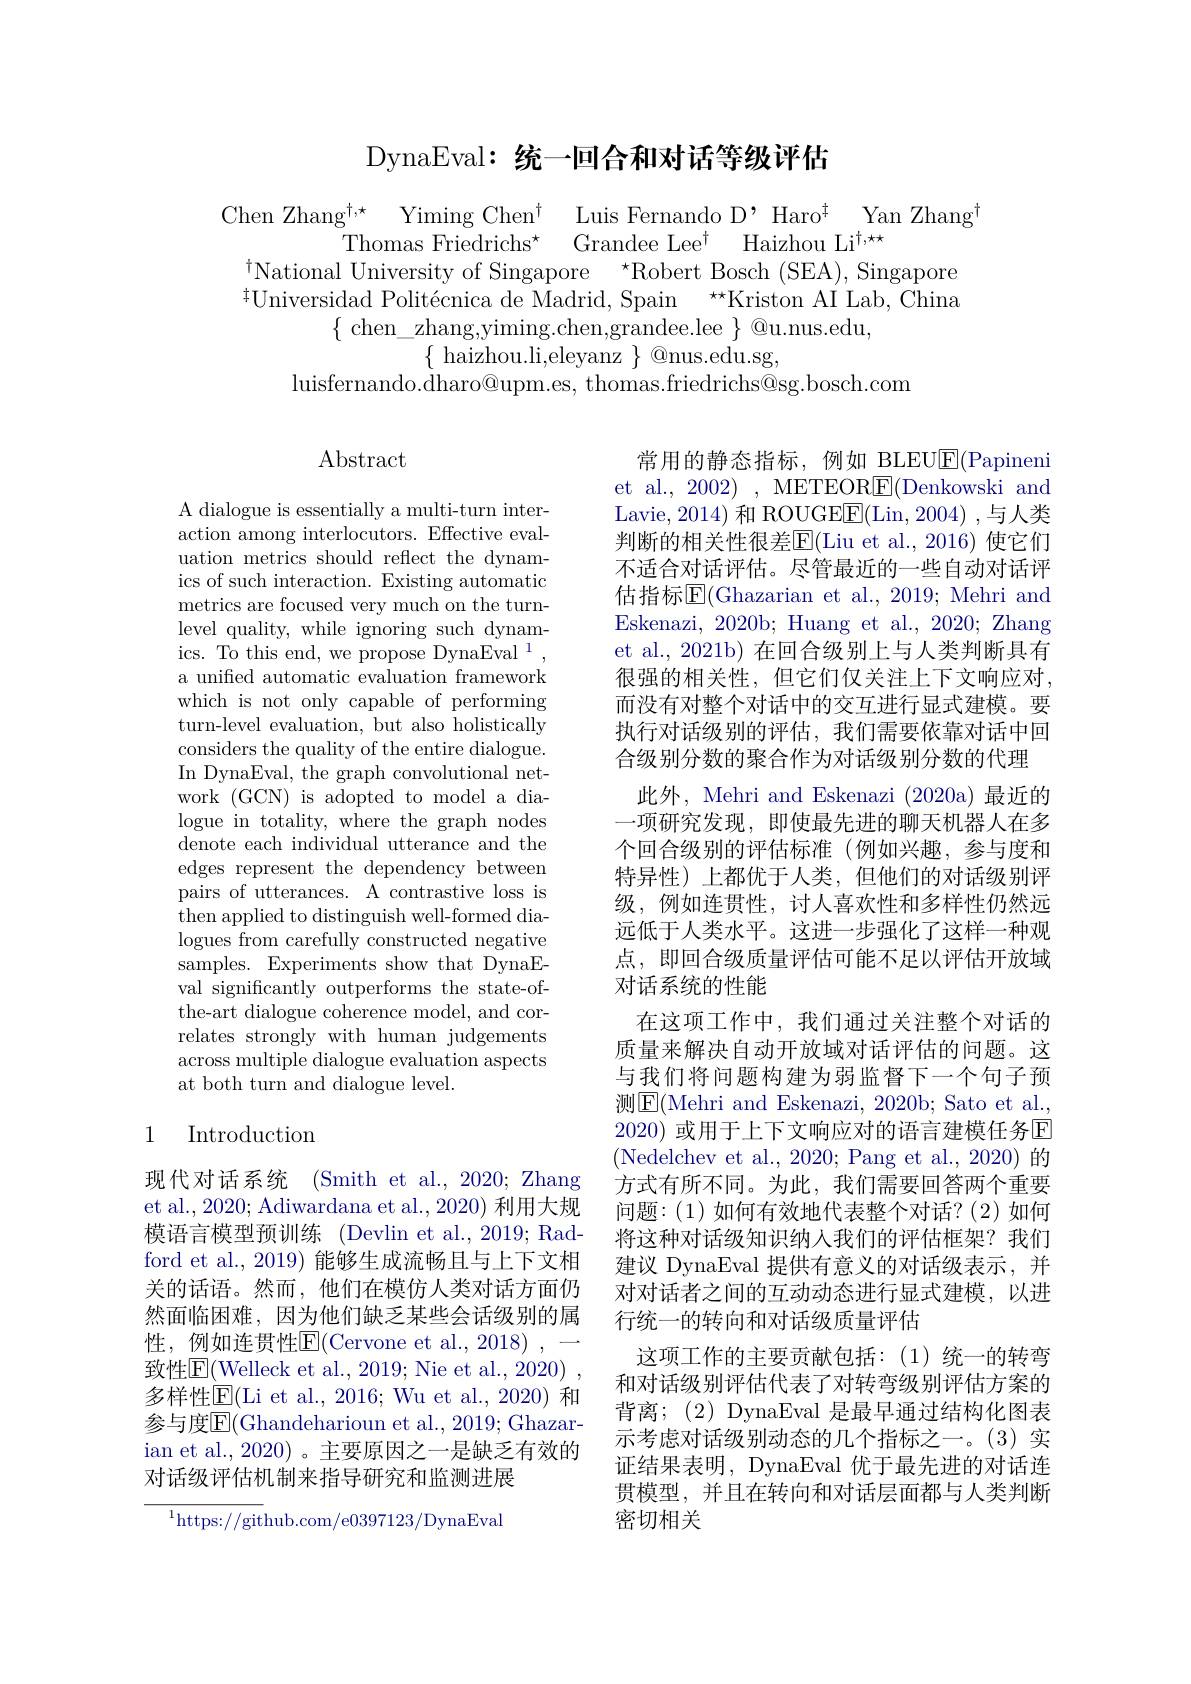
## DynaEval: 统一回合和对话等级评估

$\{$ chen\_zhang,yiming.chen,grandee.lee~$\}$@u.nus.edu,
$\{\operatorname*{haizhou.li,eleyanz}\}\operatorname*{@nus.edu.sg,}$
luisfernando.$\dot{\text{dharo@upm.es, thomas.friedrichs@sg.bosch.com}}$

Abstract

A dialogue is essentially a multi-turn interaction among interlocutors. Effective evaluation metrics should reflect the dynamics of such interaction. Existing automatic metrics are focused very much on the turnlevel quality, while ignoring such dynamics. To this end, we propose DynaEval $^{1}$ a unifed automatic evaluation framework which is not only capable of performing turn-level evaluation, but also holistically considers the quality of the entire dialogue. In DynaEval, the graph convolutional network (GCN) is adopted to model a dialogue in totality, where the graph nodes denote each individual utterance and the edges represent the dependency between pairs of utterances. A contrastive loss is then applied to distinguish well-formed dialogues from carefully constructed negative samples. Experiments show that DynaEval significantly outperforms the state-ofthe-art dialogue coherence model, and correlates strongly with human judgements across multiple dialogue evaluation aspects at both turn and dialogue level.

常用的静态指标，例如 BLEU$\overline{\mathrm{E}}($Papineni et al., 2002) , METEOR$\underline{\mathrm{E}}($Denkowski and Lavie, 2014) 和 ROUGE$\overline{\mathrm{E}}($Lin, 2004) ,与人类判断的相关性很差$\overline{\mathrm{E}}($Liu et al.,2016)使它们不适合对话评估。尽管最近的一些自动对话评估指标$\overline{\mathrm{E}}($Ghazarian et al., 2019; Mehri and Eskenazi, 2020b; Huang et al., 2020; Zhang et al., 2021b) 在回合级别上与人类判断具有很强的相关性，但它们仅关注上下文响应对， 而没有对整个对话中的交互进行显式建模。要执行对话级别的评估，我们需要依靠对话中回合级别分数的聚合作为对话级别分数的代理
此外，Mehri and Eskenazi (2020a)最近的一项研究发现，即使最先进的聊天机器人在多个回合级别的评估标准(例如兴趣，参与度和特异性)上都优于人类，但他们的对话级别评级，例如连贯性，讨人喜欢性和多样性仍然远远低于人类水平。这进一步强化了这样一种观点，即回合级质量评估可能不足以评估开放域对话系统的性能
在这项工作中，我们通过关注整个对话的质量来解决自动开放域对话评估的问题。这与我们将问题构建为弱监督下一个句子预测$\boxed{\mathrm{E}}($Mehri and Eskenazi, 2020b; Sato et al., 2020) 或用于上下文响应对的语言建模任务$\overline{\mathrm{F}}$ (Nedelchev et al., 2020; Pang et al., 2020) 的方式有所不同。为此，我们需要回答两个重要问题：(1)如何有效地代表整个对话？(2)如何将这种对话级知识纳人我们的评估框架？我们建议 DynaEval 提供有意义的对话级表示，并对对话者之间的互动动态进行显式建模，以进行统一的转向和对话级质量评估
这项工作的主要贡献包括：(1)统一的转弯和对话级别评估代表了对转弯级别评估方案的背离；(2) DynaEval 是最早通过结构化图表示考虑对话级别动态的几个指标之一。(3) 实证结果表明，DynaEval 优于最先进的对话连贯模型，并且在转向和对话层面都与人类判断密切相关

## 1 Introduction

现代对话系统(Smith et al.,2020; Zhang et al., 2020; Adiwardana et al., 2020) 利用大规模语言模型预训练(Devlin et al., 2019; Radford et al., 2019) 能够生成流畅且与上下文相关的话语。然而，他们在模仿人类对话方面仍然面临困难，因为他们缺乏某些会话级别的属$性 , 例 如 连 贯 性 [ LBOS]$E(Cervone et al.,2018),—$ 致性$\overline{\mathrm{E}}($Welleck et al., 2019; Nie et al., 2020) , 多样性$\operatorname{E}($Li et al., 2016; Wu et al., 2020) 和参与度E(Ghandeharioun et al., 2019; Ghazarian et al., 2020) 。主要原因之一是缺乏有效的对话级评估机制来指导研究和监测进展

$^{1}$https://github.com/e0397123/DynaEval